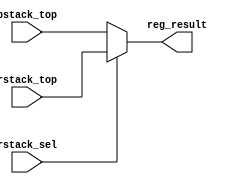
`default_nettype none

module alu_reg_sel
  #(parameter
    width = 16
    )
(
 input [width-1:0]      rstack_top,
 input [width-1:0]      pstack_top,
 input                  rstack_sel,
 output reg [width-1:0] reg_result
 );

always @(*)
  case (1'b1)
    rstack_sel: reg_result = rstack_top;
    default:    reg_result = pstack_top;
  endcase

endmodule


module alu_logic
  #(parameter
    width = 16
    )
(
 input [width-1:0]      TOS,
 input [width-1:0]      arg,
 input [1:0]            logic_op,
 output reg [width-1:0] logic_result
 );

always @(*)
  case (logic_op)
    2'b00: logic_result = TOS ^ arg;
    2'b01: logic_result = TOS | arg;
    2'b10: logic_result = TOS & arg;
    2'b11: logic_result = ~TOS;
  endcase

endmodule


module alu_adder
  #(parameter
    width = 16
    )
(
 input [width-1:0]      TOS,
 input [width-1:0]      arg,
 input                  sub,
 input                  inc,
 output reg [width-1:0] adder_result
 );

always @(*)
  if (sub)
    adder_result = arg - TOS;
  else
    adder_result = arg + TOS + inc;

endmodule


module alu_mux
  #(parameter
    width = 16
    )
(
 input [width-1:0]      logic_result,
 input [width-1:0]      TOS,
 input                  shift_sel,
 output reg [width-1:0] alu_mux_result
 );

always @(*)
  case (1'b1)
    shift_sel: alu_mux_result = {TOS[width-1],TOS[width-1:1]};
    default:   alu_mux_result = logic_result;
  endcase

endmodule


module tos_mux
  #(parameter
    width = 16
    )
(
 input [width-1:0]      reg_result,
 input [width-1:0]      alu_mux_result,
 input [width-1:0]      adder_result,
 input [width-1:0]      imm,
 input                  reg_sel,
 input                  adder_sel,
 input                  zero_sel,
 input                  imm_sel,
 output reg [width-1:0] tos_result
 );

always @(*)
  case (1'b1)
    adder_sel & ~imm_sel: tos_result = adder_result;
    imm_sel:              tos_result = imm;
    zero_sel:             tos_result = 0;
    reg_sel:              tos_result = reg_result;
    default:              tos_result = alu_mux_result;
  endcase

endmodule


module tos_comb
  #(parameter
    width = 16
    )
(
 input [width-1:0]  TOS,
 input [width-1:0]  rstack_top,
 input [width-1:0]  pstack_top,

 input              TOS_is_zero,

 input [width-1:0]  imm,
 input              rstack_sel,
 input              zero_arg,
 input [1:0]        logic_op,
 input              sub,
 input              inc,
 input              adder_sel,
 input              shift_sel,
 input              zero_sel,
 input              reg_sel,
 input              imm_sel,
 output [width-1:0] tos_result
 );

   wire [width-1:0] reg_result;
   wire [width-1:0] logic_result;
   wire [width-1:0] adder_result;
   wire [width-1:0] alu_mux_result;

   wire [width-1:0] arg;

assign arg = zero_arg ? 0 : pstack_top;

alu_reg_sel #(.width(width))
alu_reg_sel(/*AUTOINST*/
            // Outputs
            .reg_result                 (reg_result[width-1:0]),
            // Inputs
            .rstack_top                 (rstack_top[width-1:0]),
            .pstack_top                 (pstack_top[width-1:0]),
            .rstack_sel                 (rstack_sel));
alu_logic #(.width(width))
alu_logic(/*AUTOINST*/
          // Outputs
          .logic_result                 (logic_result[width-1:0]),
          // Inputs
          .TOS                          (TOS[width-1:0]),
          .arg                          (arg[width-1:0]),
          .logic_op                     (logic_op[1:0]));
alu_adder #(.width(width))
alu_adder(/*AUTOINST*/
          // Outputs
          .adder_result                 (adder_result[width-1:0]),
          // Inputs
          .TOS                          (TOS[width-1:0]),
          .arg                          (arg[width-1:0]),
          .sub                          (sub),
          .inc                          (inc));
alu_mux #(.width(width))
alu_mux(/*AUTOINST*/
        // Outputs
        .alu_mux_result                 (alu_mux_result[width-1:0]),
        // Inputs
        .logic_result                   (logic_result[width-1:0]),
        .TOS                            (TOS[width-1:0]),
        .shift_sel                      (shift_sel));
tos_mux #(.width(width))
tos_mux(.zero_sel(zero_sel & ~TOS_is_zero),
        /*AUTOINST*/
        // Outputs
        .tos_result                     (tos_result[width-1:0]),
        // Inputs
        .reg_result                     (reg_result[width-1:0]),
        .alu_mux_result                 (alu_mux_result[width-1:0]),
        .adder_result                   (adder_result[width-1:0]),
        .imm                            (imm[width-1:0]),
        .reg_sel                        (reg_sel),
        .adder_sel                      (adder_sel),
        .imm_sel                        (imm_sel));

endmodule


module tos_mem
  #(parameter
    width = 16,
    daddr_width = 8
    )
(
 input                    clk,
 input                    reset,
 input                    wait_state,

 input [width-1:0]        tos_result,
 output [width-1:0]       TOS,
 input [width-1:0]        pstack_top,

 output                   TOS_is_zero,

 output [daddr_width-1:0] daddr,
 output                   dwrite,
 output [width-1:0]       dD,
 input [width-1:0]        dQ,

 input                    mem_write,
 input                    mem_read
 );

   reg                    mem_read_r;
   reg [width-1:0]        TOS_r;


always @(posedge clk)
  if (reset)
    TOS_r <= {width{1'bx}};
  else
    if (!wait_state)
      TOS_r <= tos_result;

assign TOS = mem_read_r ? dQ : TOS_r;

assign TOS_is_zero = TOS == 0;

// always @(posedge clk)
//   daddr <= tos_result;
assign daddr = TOS[daddr_width-1:0];
assign dD = pstack_top;
assign dwrite = mem_write;

always @(posedge clk or posedge reset)
  if (reset)
    mem_read_r <= 0;
  else
    mem_read_r <= mem_read;

endmodule